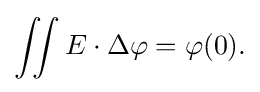
\displaystyle {\iint E\cdot \Delta \varphi =\varphi (0).}